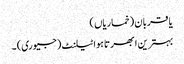
یا قربان (خماریاں )
بہترین ابھرتا ہوا ٹیلنٹ (جیوری) ۔